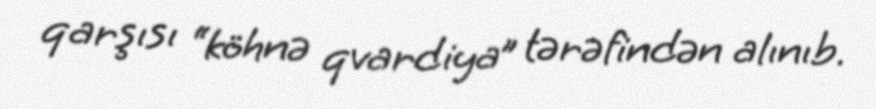
qarşısı “köhnə qvardiya” tərəfindən alınıb.